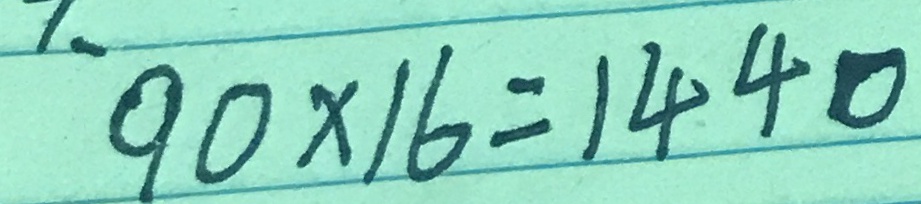
9 0 \times 1 6 = 1 4 4 0